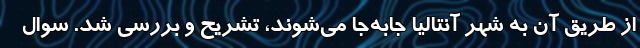
از طریق آن به شهر آنتالیا جابه‌جا می‌شوند، تشریح و بررسی شد. سوال